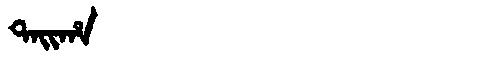
Manchu: ᡨᠠᡳᡥᠠ
Romanization: TAIHA